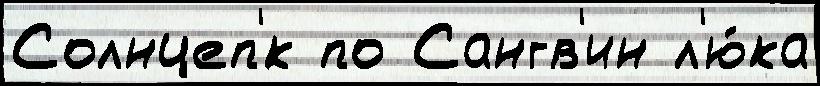
Солнцеп'́к по Сангв'ин л'ю́ка